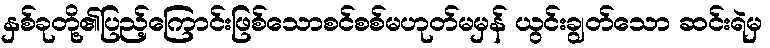
နှစ်ခုတို့၏ပြည့်ကြောင်းဖြစ်သောစင်စစ်မဟုတ်မမှန် ယွင်းချွတ်သော ဆင်းရဲမှ